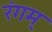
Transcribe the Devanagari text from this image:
रंगम्